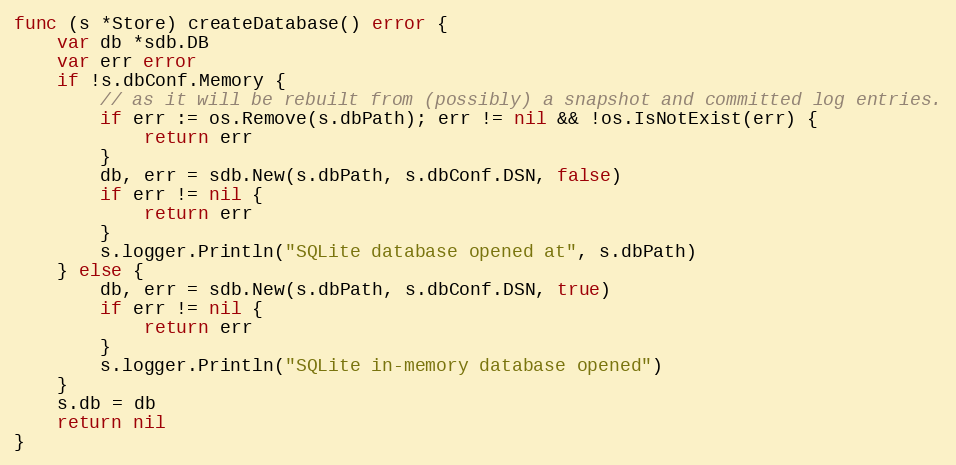
Language: Go
func (s *Store) createDatabase() error {
	var db *sdb.DB
	var err error
	if !s.dbConf.Memory {
		// as it will be rebuilt from (possibly) a snapshot and committed log entries.
		if err := os.Remove(s.dbPath); err != nil && !os.IsNotExist(err) {
			return err
		}
		db, err = sdb.New(s.dbPath, s.dbConf.DSN, false)
		if err != nil {
			return err
		}
		s.logger.Println("SQLite database opened at", s.dbPath)
	} else {
		db, err = sdb.New(s.dbPath, s.dbConf.DSN, true)
		if err != nil {
			return err
		}
		s.logger.Println("SQLite in-memory database opened")
	}
	s.db = db
	return nil
}